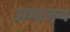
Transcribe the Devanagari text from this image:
अभाजय